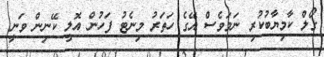
ގޯލް ކާމިޔާބުކުރި ނަމަވެސް އޭގެ ހަތަރު މިނެޓު ފަހުން އޮލީ ކޭނިން ވަނީ